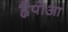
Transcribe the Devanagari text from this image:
ह्वैंपोआ